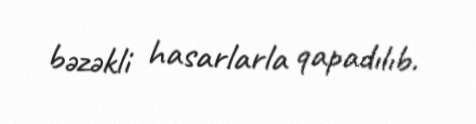
bəzəkli hasarlarla qapadılıb.